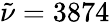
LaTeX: \tilde{\nu}=3874